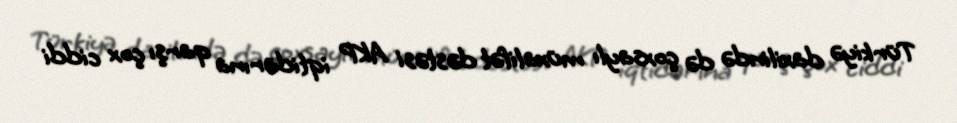
Türkiyə daxilində də çoxsaylı müxalifət dəstəsi AKP iqtidarına qarşı çox ciddi